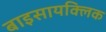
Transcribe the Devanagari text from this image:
बाइसायक्लिक